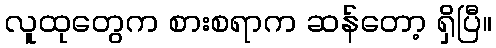
လူထုတွေက စားစရာက ဆန်တော့ ရှိပြီ။